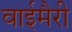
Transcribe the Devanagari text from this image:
वाईमैरी